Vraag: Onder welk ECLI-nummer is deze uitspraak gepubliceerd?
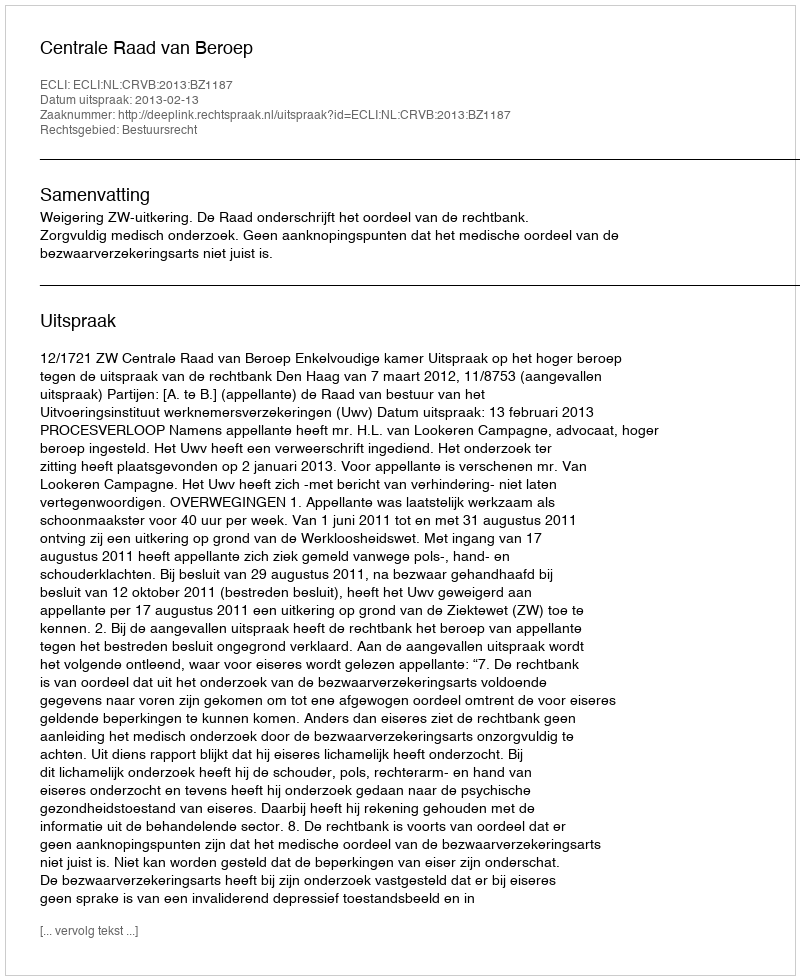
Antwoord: ECLI:NL:CRVB:2013:BZ1187